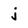
Character: j